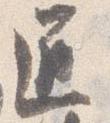
匠